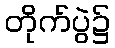
တိုက်ပွဲ၌